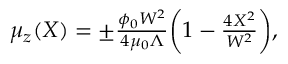
\begin{array} { r } { \mu _ { z } ( X ) = \pm \frac { \phi _ { 0 } W ^ { 2 } } { 4 \mu _ { 0 } \Lambda } \biggl ( 1 - \frac { 4 X ^ { 2 } } { W ^ { 2 } } \biggr ) , } \end{array}